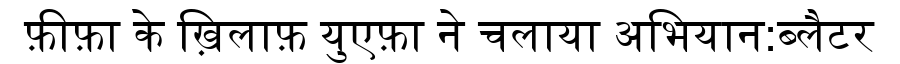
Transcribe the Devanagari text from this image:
फ़ीफ़ा के ख़िलाफ़ युएफ़ा ने चलाया अभियान:ब्लैटर